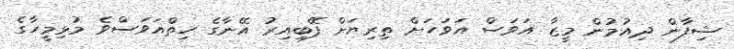
ޝިފާން ދިއުމުން މީޒާ އަވަސް އަވަހަށް ތިރިޔަށް ފޭބިއިރު އޭނާގެ ހިތްއަވަސްވެ މުޅިމީހާގެ